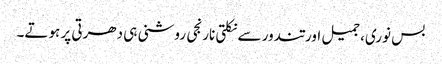
بس نوری، جمیل اور تندور سے نکلتی نارنجی روشنی ہی دھرتی پر ہوتے۔